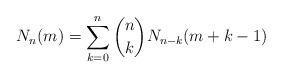
LaTeX: \begin{align*}N_n(m)=\sum_{k=0}^n {n \choose k}N_{n-k}(m+k-1)\end{align*}